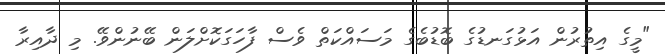
"މީގެ އިތުރުން އަޅުގަނޑުގެ ބޮޑުބެގެ މަސައްކަތް ވެސް ފާހަގަކޮށްލަން ބޭނުންވޭ. މި ދާއިރާ